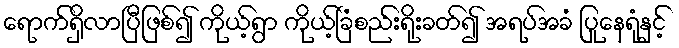
ရောက်ရှိလာပြီဖြစ်၍ ကိုယ့်ရွာ ကိုယ့်ခြံစည်းရိုးခတ်၍ အရပ်အခံ ပြုနေရုံနှင့်